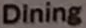
Dining